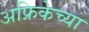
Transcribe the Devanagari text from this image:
अफ्रिकेच्या